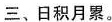
三、日积月累。